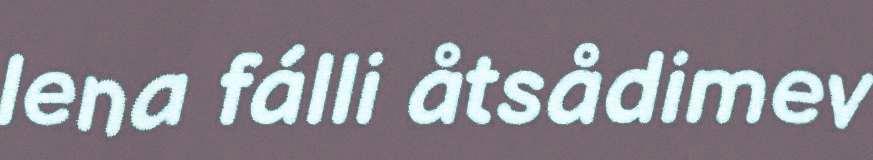
lena fálli åtsådimev